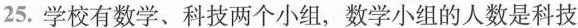
25.学校有数学、科技两个小组，数学小组的人数是科技